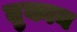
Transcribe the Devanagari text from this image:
तुकान